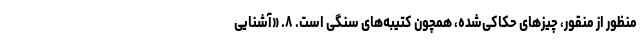
منظور از منقور، چیزهای حکاکی‌شده، همچون کتیبه‌های سنگی است. ۸. «آشنایی